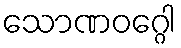
သောဏဝဂ္ဂေါ